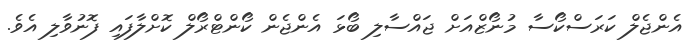
އެންޖެލް ކަރަސްކޯސާ މުނޯޒްއަށް ޖައްސާލި ބޯޅަ އެންޖެން ކޯންޓްރޯލް ކޮށްލާފައި ފޮނުވާލި އެވެ.